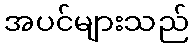
အပင်များသည်